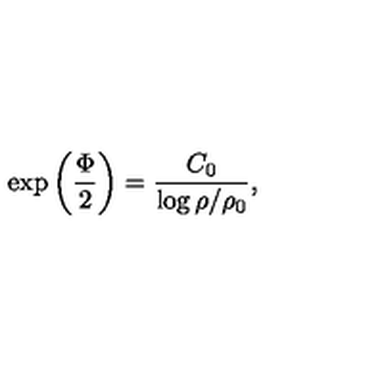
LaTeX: \exp \left( { \frac { \Phi } { 2 } } \right) = { \frac { C _ { 0 } } { \log { \rho / \rho _ { 0 } } } } ,